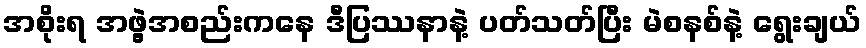
အစိုးရ အဖွဲ့အစည်းကနေ ဒီပြဿနာနဲ့ ပတ်သတ်ပြီး မဲစနစ်နဲ့ ရွေးချယ်